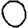
Digit: 0